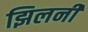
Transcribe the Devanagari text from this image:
झिलनी